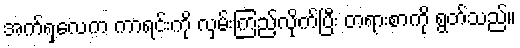
အက်ရှလေက ကာရင်းကို လှမ်းကြည့်လိုက်ပြီး တရားစာကို ရွတ်သည်။